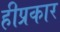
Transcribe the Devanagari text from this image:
हीप्रकार